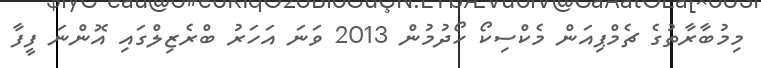
މިމުބާރާތުގެ ޗެމްޕިއަން މެކްސިކޯ ހޯދުމުން 2013 ވަނަ އަހަރު ބްރެޒިލްގައި އޮންނަ ފީފާ